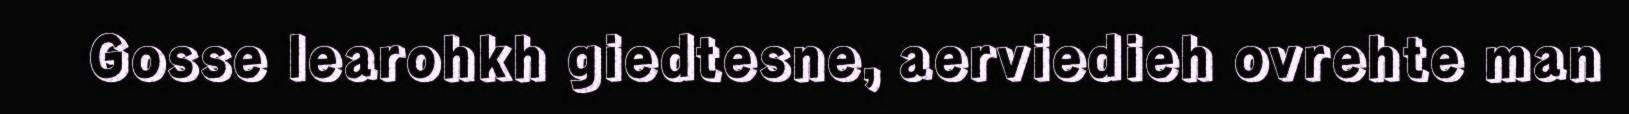
Gosse learohkh giedtesne, aerviedieh ovrehte man